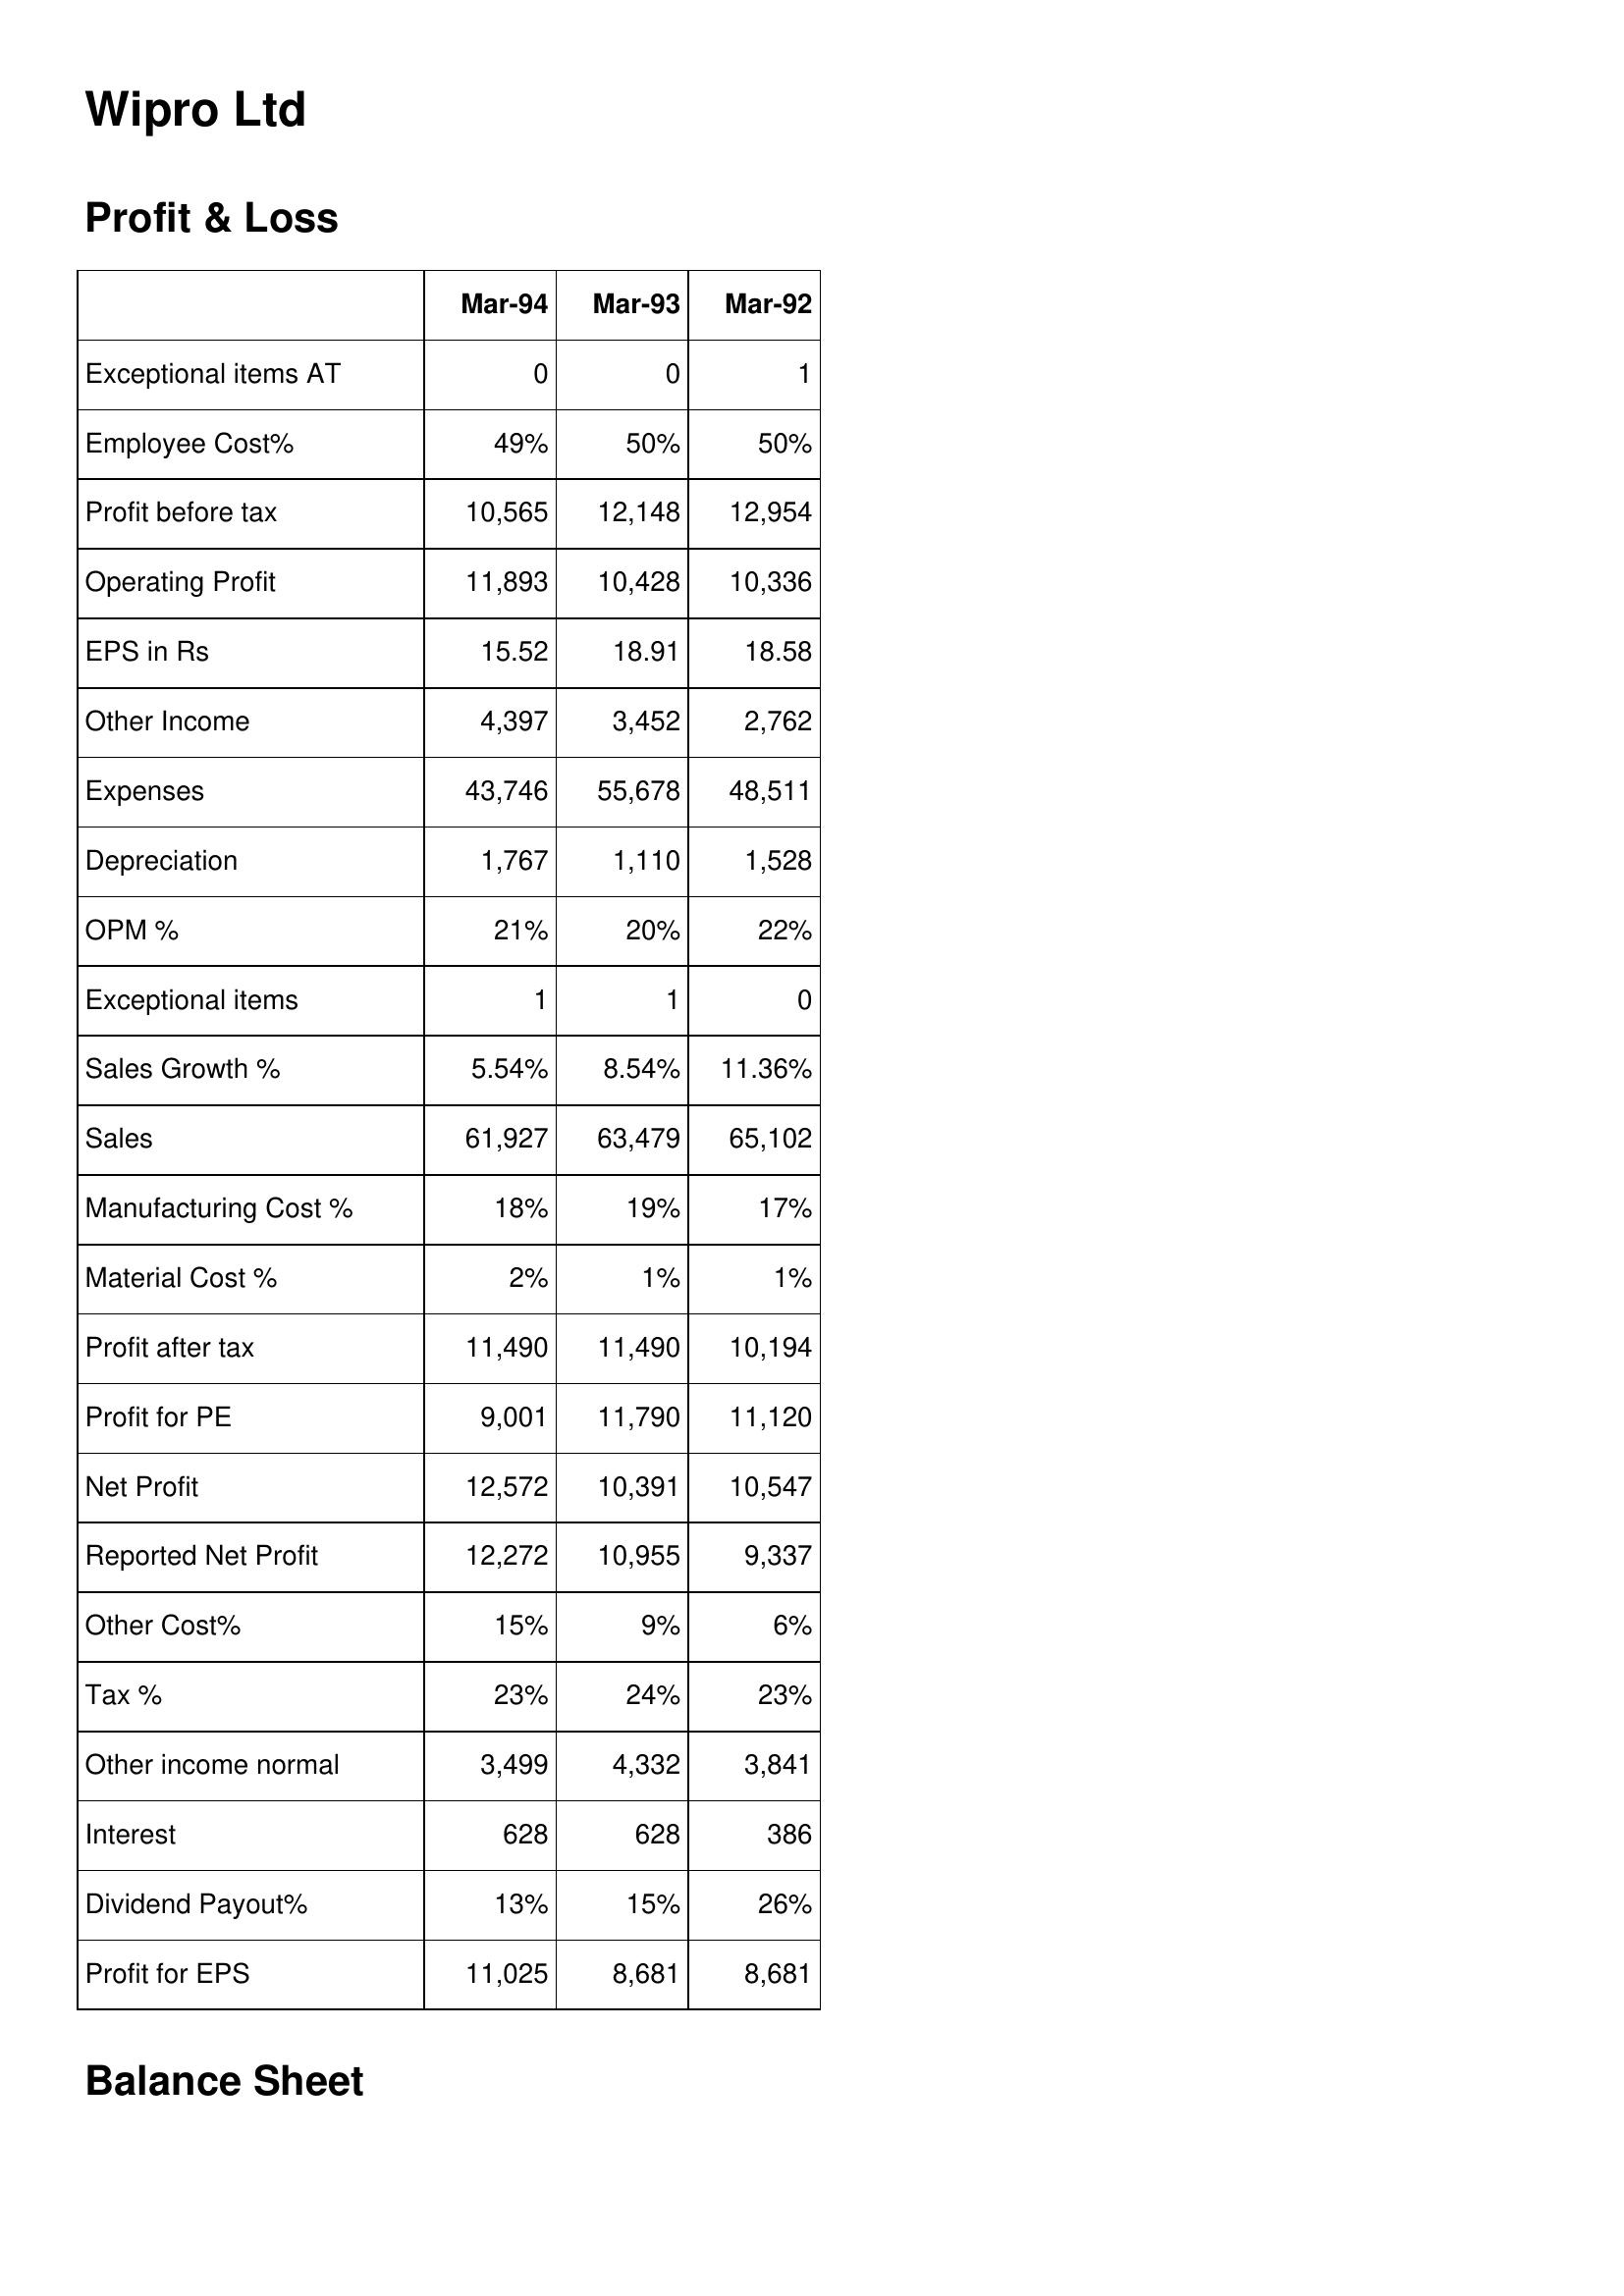
Mar-94: Profit & Loss: Exceptional items AT: 0
Employee Cost%: 49%
Profit before tax: 10,565
Operating Profit: 11,893
EPS in Rs: 15.52
Other Income: 4,397
Expenses: 43,746
Depreciation: 1,767
OPM %: 21%
Exceptional items: 1
Sales Growth %: 5.54%
Sales: 61,927
Manufacturing Cost %: 18%
Material Cost %: 2%
Profit after tax: 11,490
Profit for PE: 9,001
Net Profit: 12,572
Reported Net Profit: 12,272
Other Cost%: 15%
Tax %: 23%
Other income normal: 3,499
Interest: 628
Dividend Payout%: 13%
Profit for EPS: 11,025
Mar-93: Profit & Loss: Exceptional items AT: 0
Employee Cost%: 50%
Profit before tax: 12,148
Operating Profit: 10,428
EPS in Rs: 18.91
Other Income: 3,452
Expenses: 55,678
Depreciation: 1,110
OPM %: 20%
Exceptional items: 1
Sales Growth %: 8.54%
Sales: 63,479
Manufacturing Cost %: 19%
Material Cost %: 1%
Profit after tax: 11,490
Profit for PE: 11,790
Net Profit: 10,391
Reported Net Profit: 10,955
Other Cost%: 9%
Tax %: 24%
Other income normal: 4,332
Interest: 628
Dividend Payout%: 15%
Profit for EPS: 8,681
Mar-92: Profit & Loss: Exceptional items AT: 1
Employee Cost%: 50%
Profit before tax: 12,954
Operating Profit: 10,336
EPS in Rs: 18.58
Other Income: 2,762
Expenses: 48,511
Depreciation: 1,528
OPM %: 22%
Exceptional items: 0
Sales Growth %: 11.36%
Sales: 65,102
Manufacturing Cost %: 17%
Material Cost %: 1%
Profit after tax: 10,194
Profit for PE: 11,120
Net Profit: 10,547
Reported Net Profit: 9,337
Other Cost%: 6%
Tax %: 23%
Other income normal: 3,841
Interest: 386
Dividend Payout%: 26%
Profit for EPS: 8,681